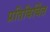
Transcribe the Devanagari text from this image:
प्रतिबिबिंत